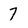
Character: 7